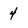
Character: 4